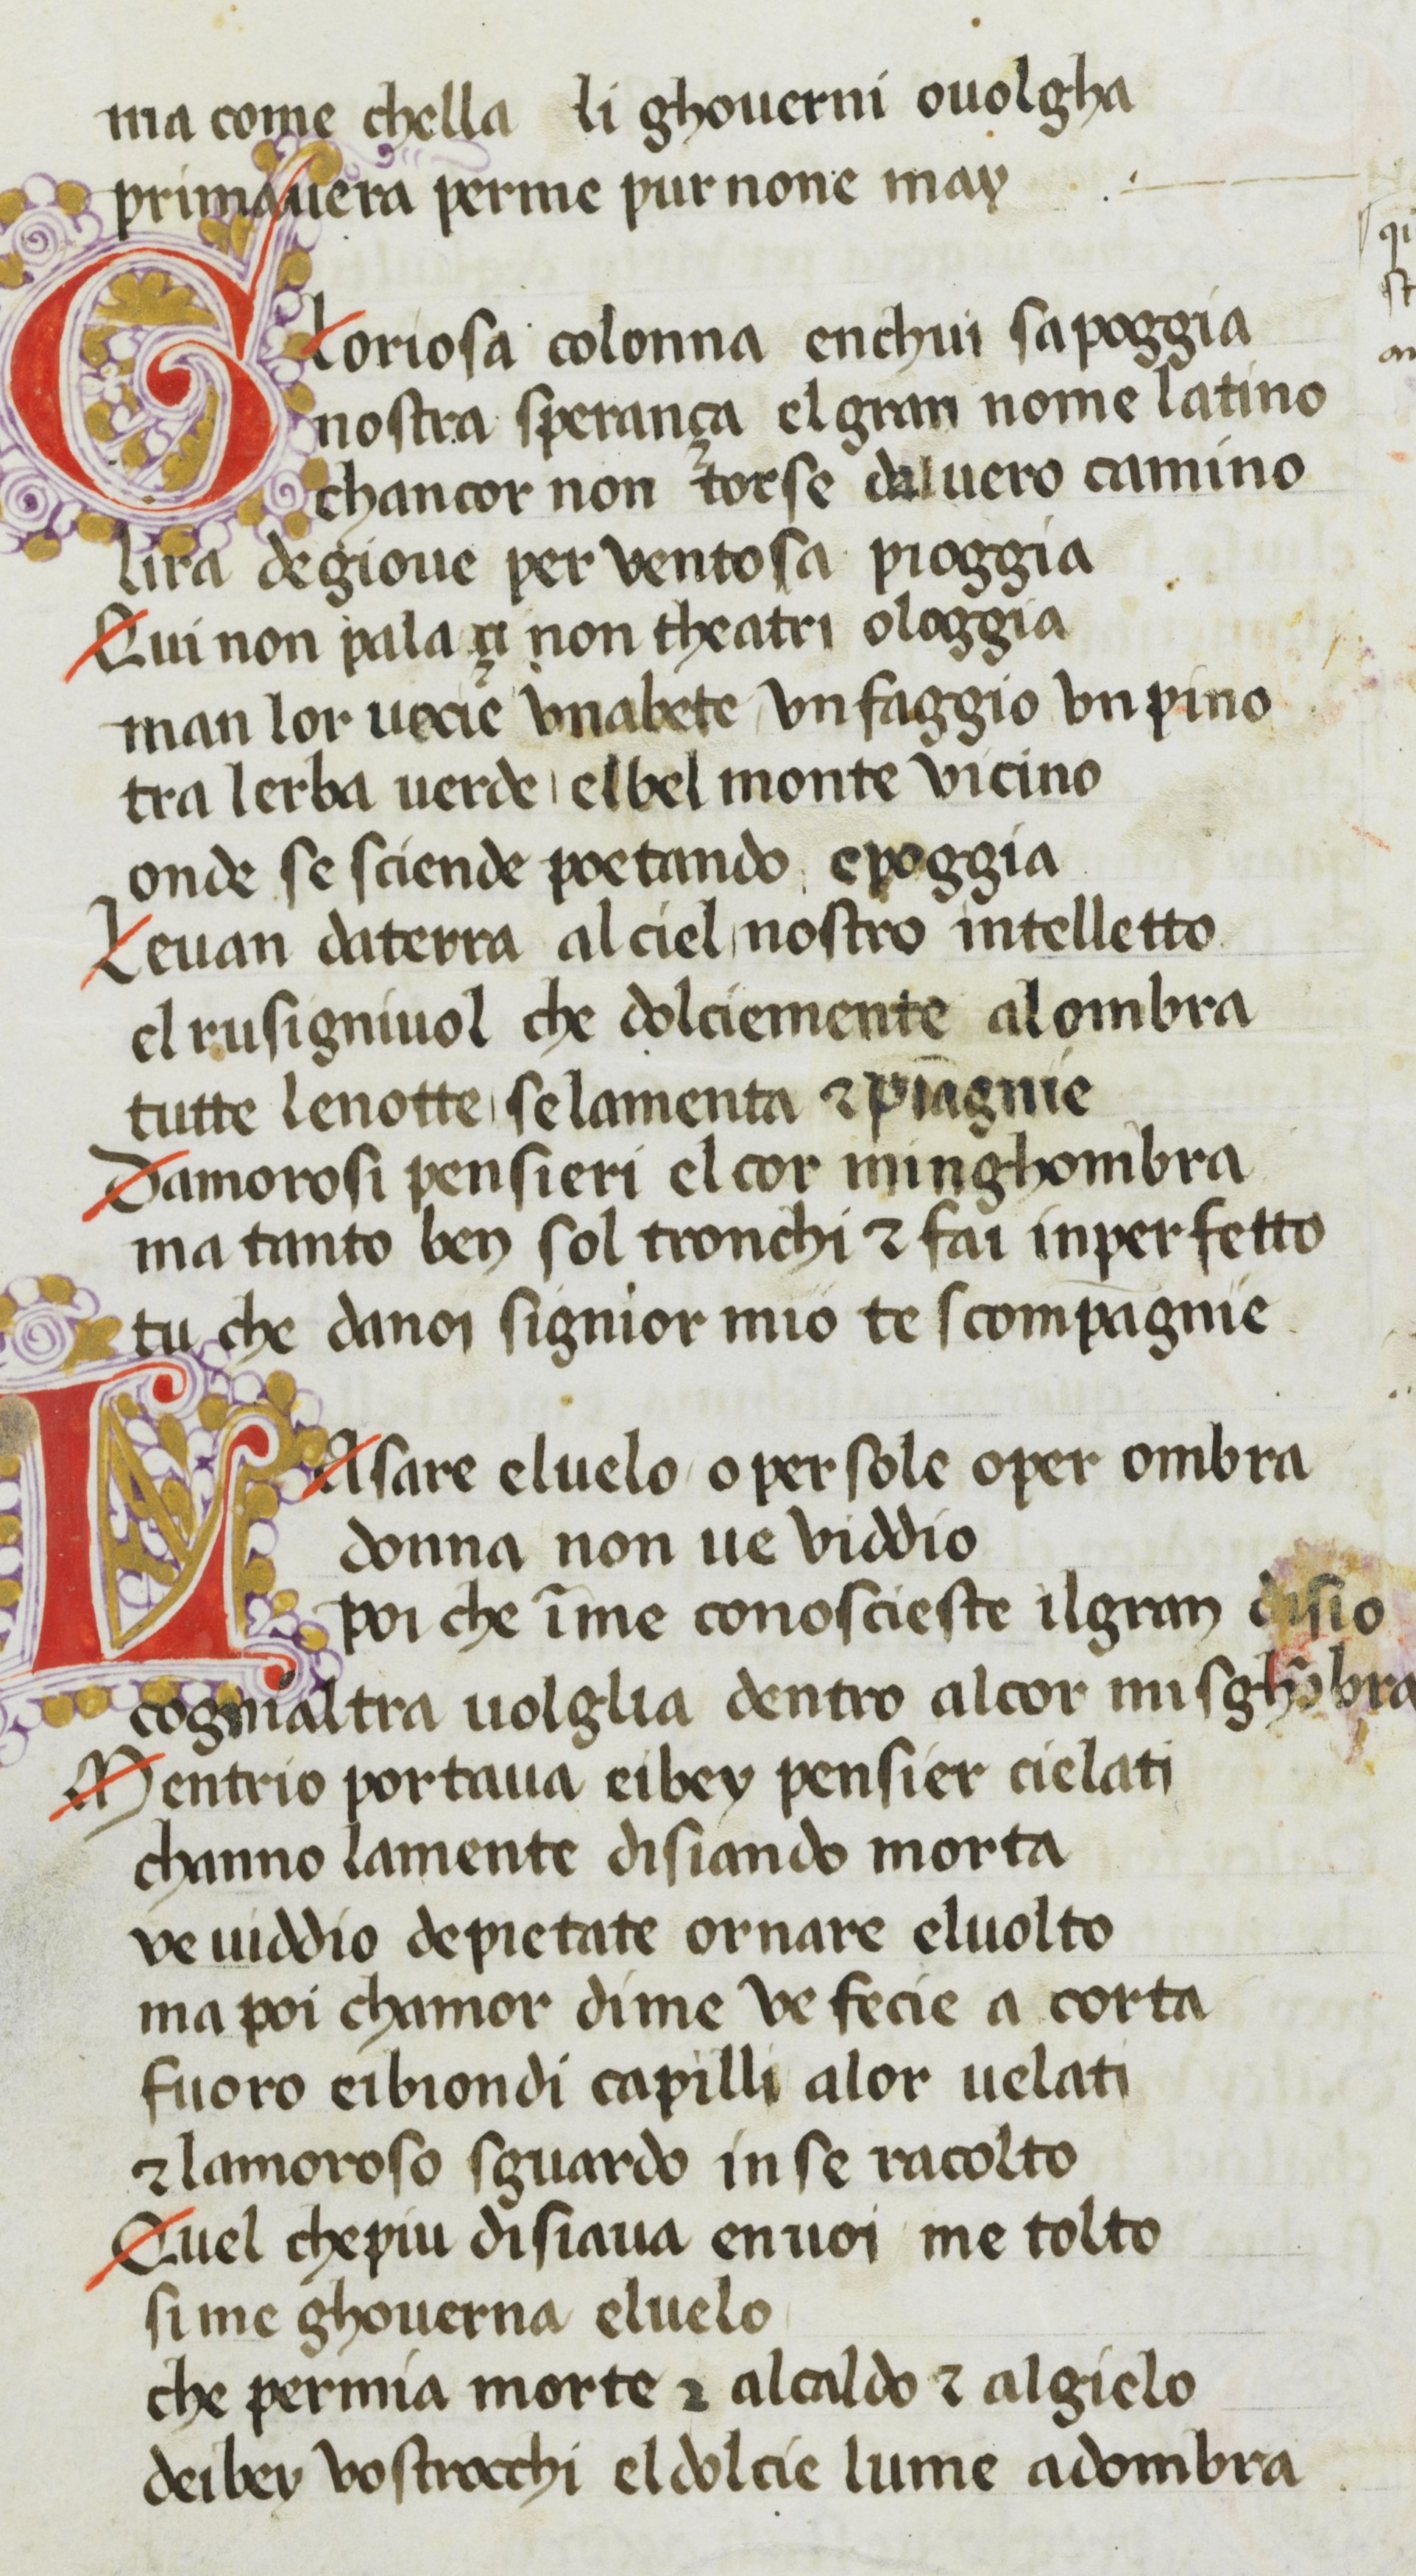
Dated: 1370–1399